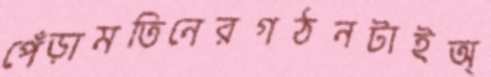
পেঁড়ামতিনেরগঠনটাইঅ্